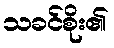
သခင်စိုး၏